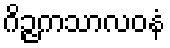
ဂိဉ္ဇကသာလဝနံ